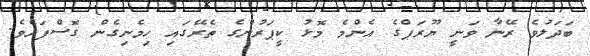
ބަދަލުވެ ރޭނާ ވަނީ ޔޫރަޕްގެ އެންމެ މޮޅު ކީޕަރުންގެ ތެރޭގައި ހިމެނިގެން ގޮސްފައެވެ.